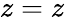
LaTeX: z=z